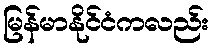
မြန်မာနိုင်ငံကလည်း